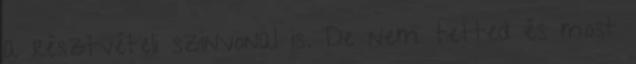
a résztvételi szinvonal is. De nem tetted és most